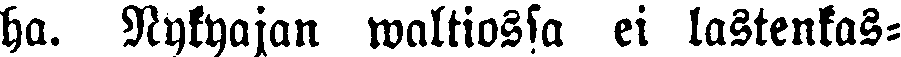
ha. Nykyajan waltiossa ei lastenkas-